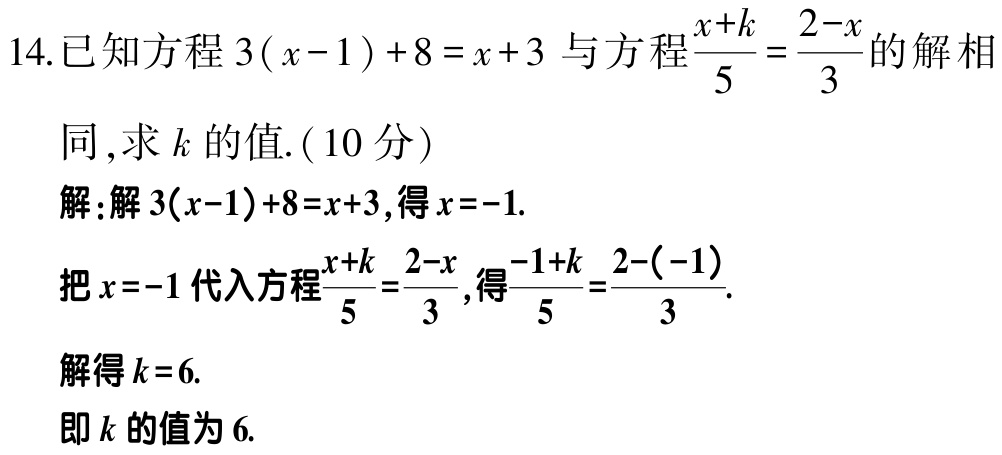
14.已知方程\(3(x - 1)+8 = x + 3\)与方程\(\frac{x + k}{5}=\frac{2 - x}{3}\)的解相

同,求\(k\)的值.(10分)

解:解\(3(x - 1)+8 = x + 3\),得\(x = - 1\).

把\(x = - 1\)代入方程\(\frac{x + k}{5}=\frac{2 - x}{3}\),得\(\frac{-1 + k}{5}=\frac{2-(-1)}{3}\).

解得\(k = 6\).

即\(k\)的值为\(6\).